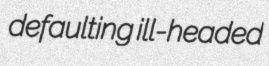
defaulting ill-headed